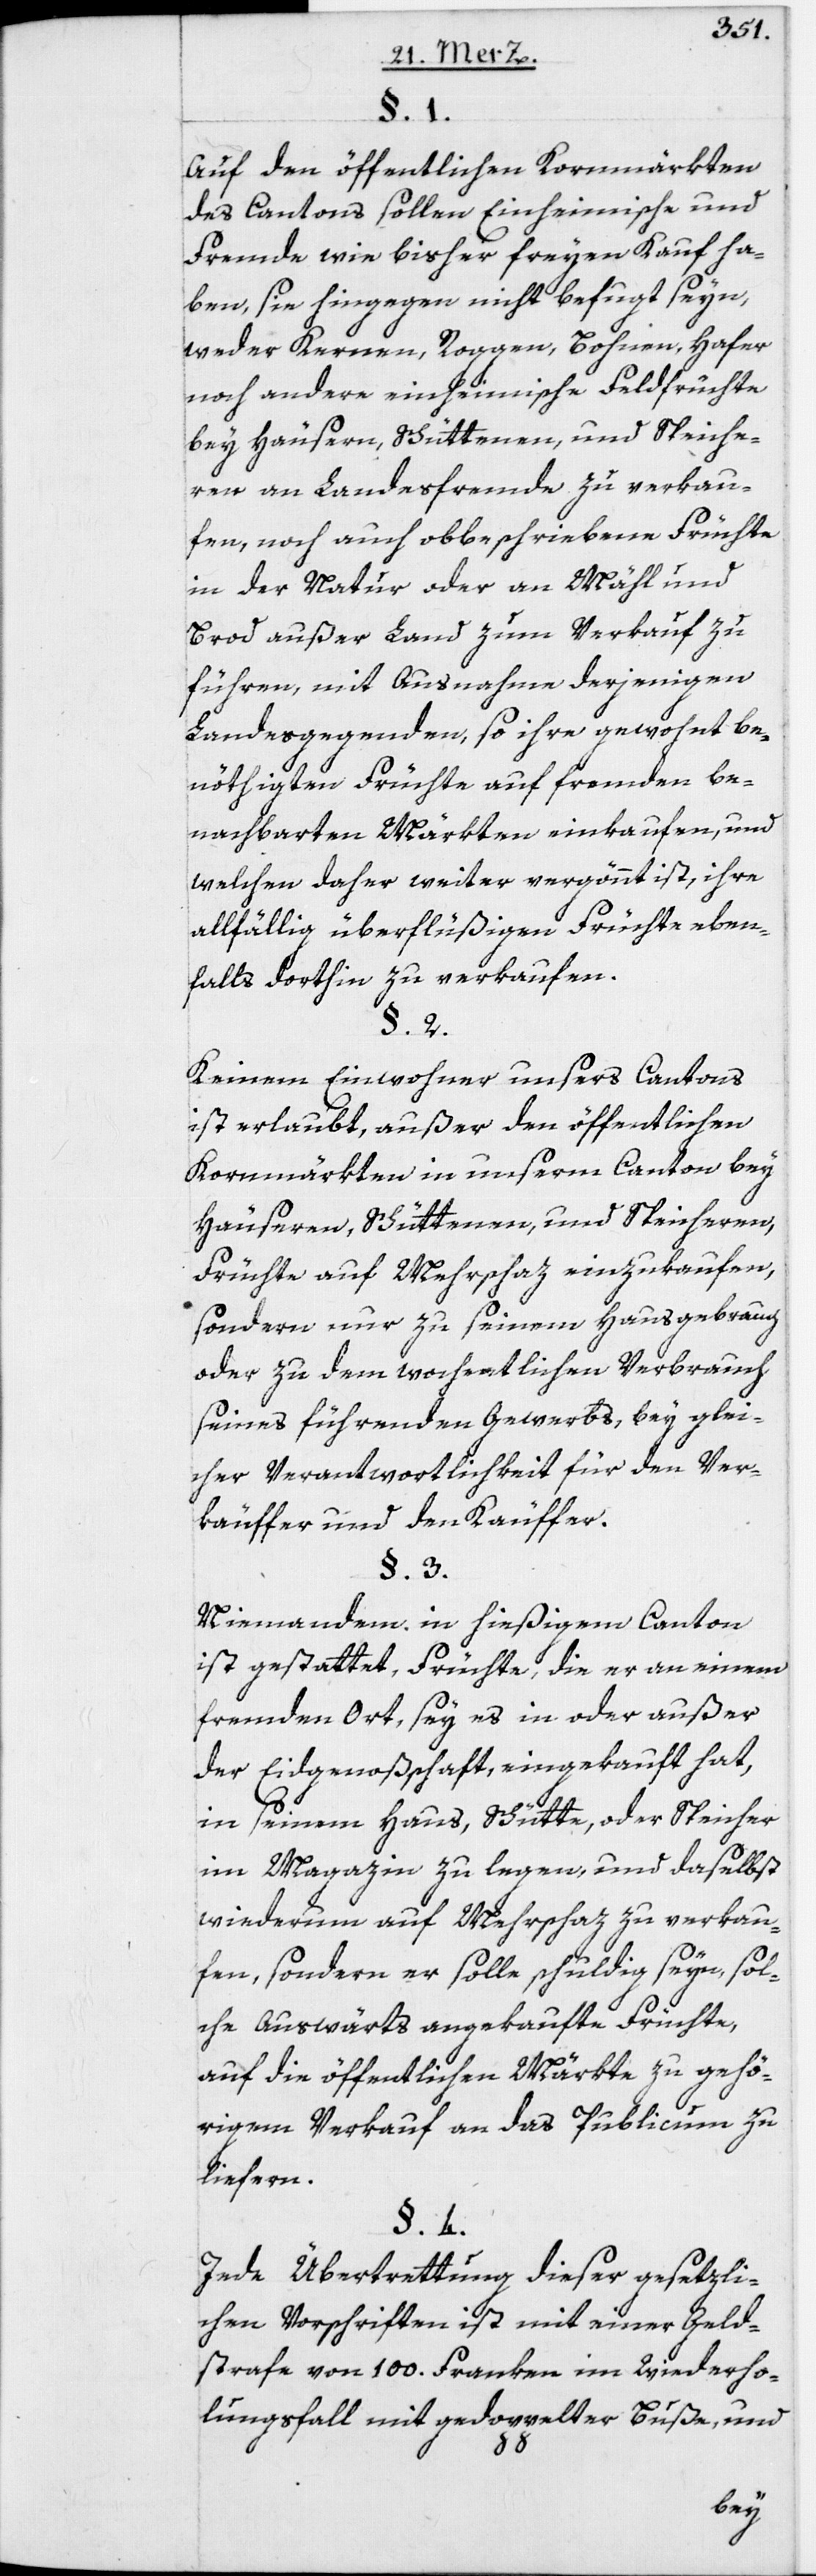
§. 1.
Auf den öffentlichen Kornmärkten
des Cantons sollen Einheimische und
Fremde wie bisher freyen Kauf ha¬
ben, sie hingegen nicht befugt seyn,
weder Kernen, Roggen, Bohnen, Hafer
noch andere einheimische Feldfrüchte
bey Häusern, Schüttenen, und Speiche¬
ren an Landesfremde zu verkau¬
fen, noch auch obbeschriebene Früchte
in der Natur oder an Mähl und
Brod außer Land zum Verkauf zu
führen, mit Ausnahme derjenigen
Landesgegenden, so ihre gewohnt be¬
nöthigten Früchte auf fremden be¬
nachbarten Märkten einkaufen, und
welchen daher weiter vergönnt ist, ihre
allfällig überflüßigen Früchte eben¬
falls dorthin zu verkaufen.
§. 2.
Keinem Einwohner unsers Cantons
ist erlaubt, außer den öffentlichen
Kornmärkten in unserm Canton bey
Häuseren, Schüttenen, und Speicheren,
Früchte auf Mehrschaz einzukaufen,
sondern nur zu seinem Hausgebrauch
oder zu dem wochentlichen Verbrauch
seines führenden Gewerbs, bey glei¬
cher Verantwortlichkeit für den Ver¬
käuffer und den Käuffer.
§. 3.
Niemandem in hießigem Canton
ist gestattet, Früchte, die er an einem
fremden Ort, sey es in oder außer
der Eidgenoßschaft, eingekauft hat,
in seinem Haus, Schütte, oder Speicher
im Magazin zu legen, und daselbst
wiederum auf Mehrschaz zu verkau¬
fen, sondern er solle schuldig seyn, sol¬
che Auswärts angekaufte Früchte,
auf die öffentlichen Märkte zu gehö¬
rigem Verkauf an das Publicum zu
liefern.
§. 4.
Jede Übertrettung dieser gesetzli¬
chen Vorschriften ist mit einer Geld¬
strafe von 100. Franken im Wiederho¬
lungsfall mit gedoppelter Buße, und